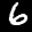
Label: 6